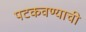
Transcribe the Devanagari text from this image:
पटकवण्याची